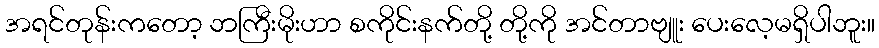
အရင်တုန်းကတော့ ဘကြီးမိုးဟာ စကိုင်းနက်တို့ တို့ကို အင်တာဗျူး ပေးလေ့မရှိပါဘူး။